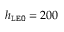
h _ { \tt L E O } = 2 0 0